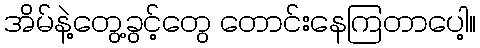
အိမ်နဲ့တွေ့ခွင့်တွေ တောင်းနေကြတာပေါ့။